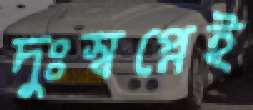
দুঃস্বপ্নেই